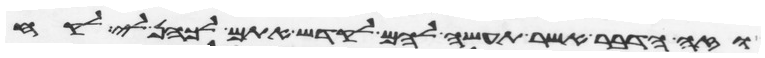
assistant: וזה הדבר אשר תעשה להם לקדש אתם לכהן לי לקח